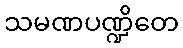
သမဏပဏ္ဍိတေ